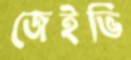
জেইভি